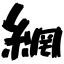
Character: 網